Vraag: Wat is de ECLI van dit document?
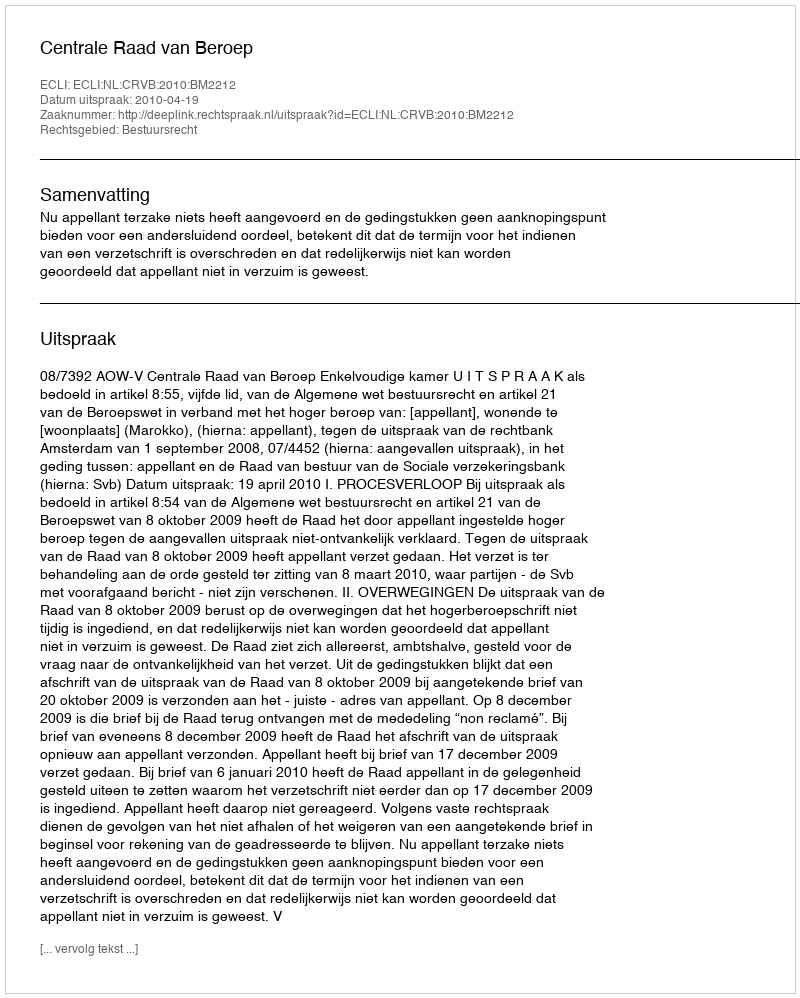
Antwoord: ECLI:NL:CRVB:2010:BM2212